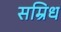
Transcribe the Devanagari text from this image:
सम्रिध